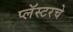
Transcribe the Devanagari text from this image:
प्लॅस्टरचे